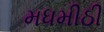
મધમીઠી